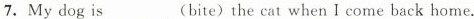
7.My dog is___(bite)the cat when I come back home.